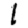
Digit: 1